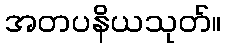
အတပနိယသုတ်။